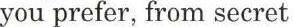
you prefer, from secret